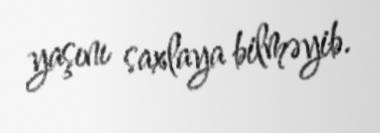
yaşını saxlaya bilməyib.